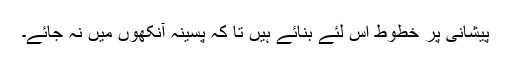
پیشانی پر خطوط اِس لئے بنائے ہیں تا کہ پسینہ آنکھوں میں نہ جائے۔